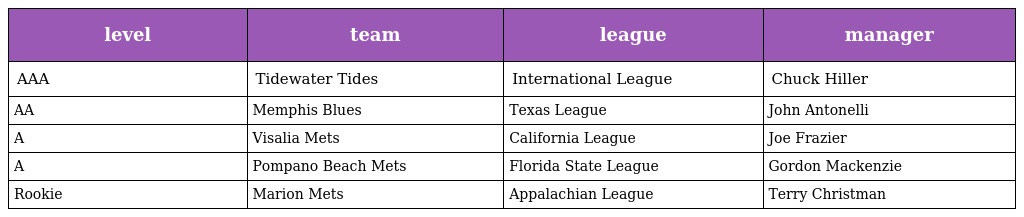
| level | team | league | manager |
 | --- | --- | --- | --- |
 | AAA | Tidewater Tides | International League | Chuck Hiller |
 | AA | Memphis Blues | Texas League | John Antonelli |
 | A | Visalia Mets | California League | Joe Frazier |
 | A | Pompano Beach Mets | Florida State League | Gordon Mackenzie |
 | Rookie | Marion Mets | Appalachian League | Terry Christman |